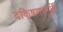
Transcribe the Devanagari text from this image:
दकि्षणामूर्ति